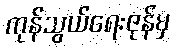
ကုန်သွယ်ရေးဇုန်မှ